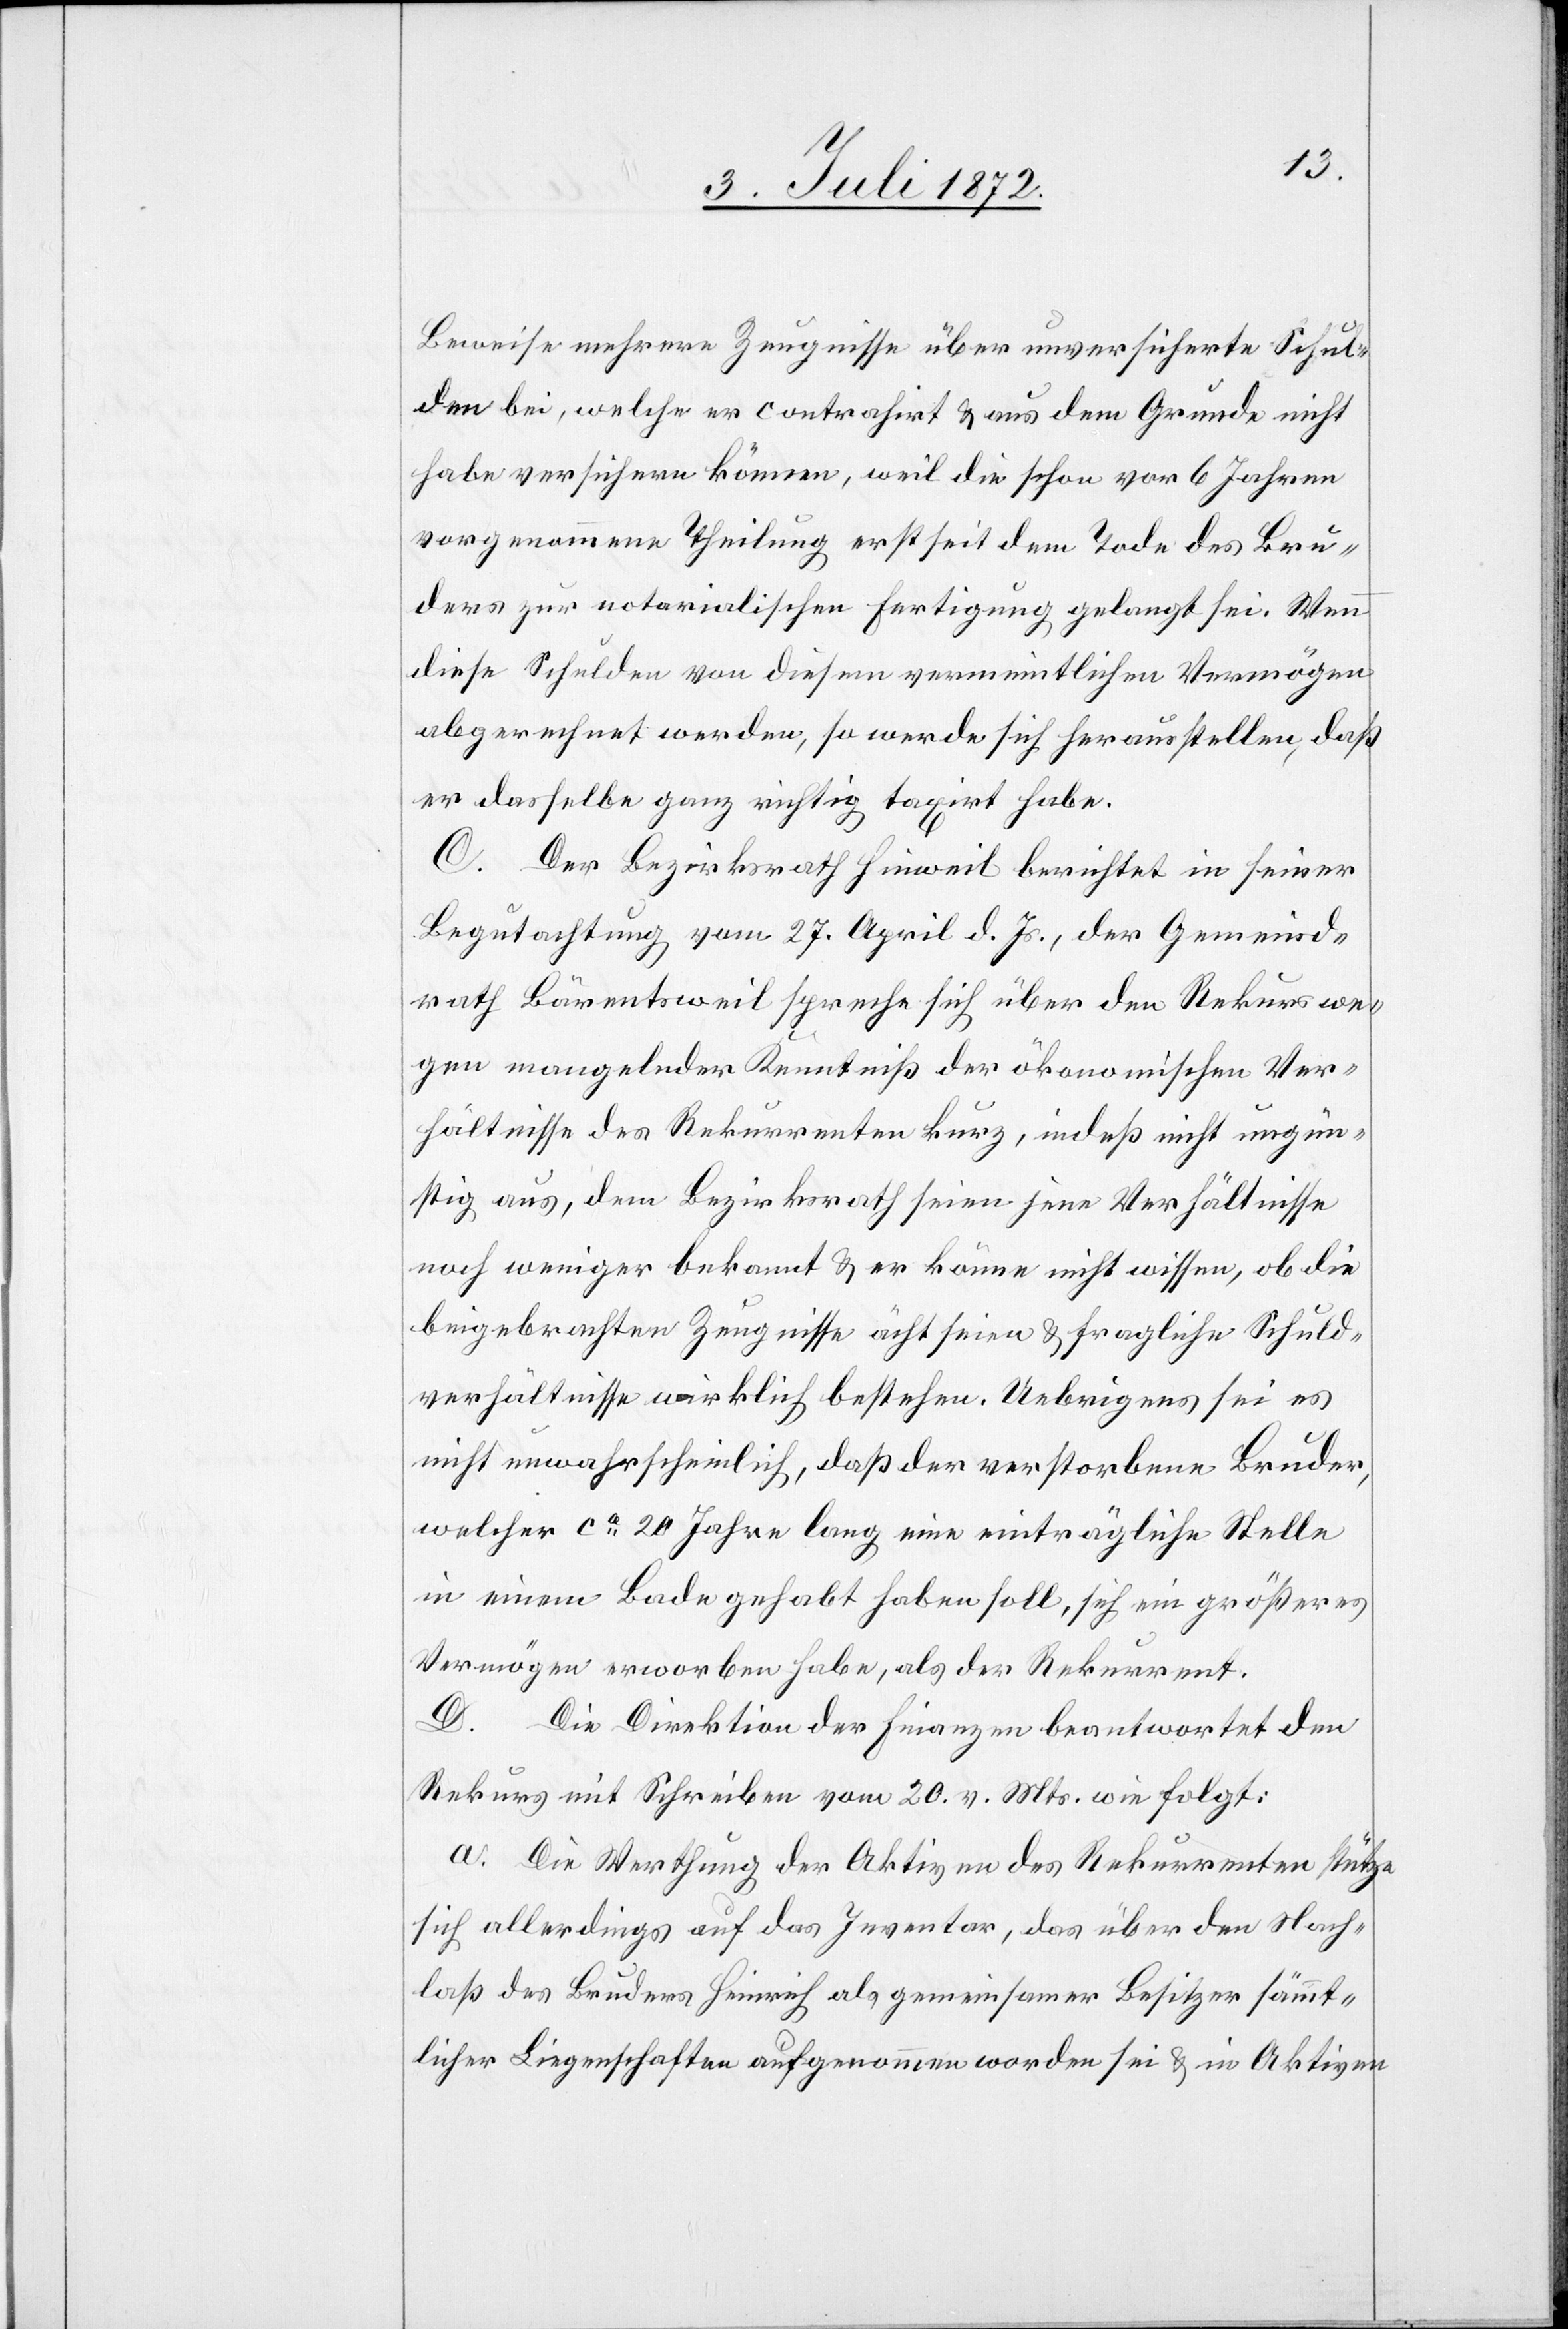
Beweise mehrere Zeugnisse über unversicherte Schul¬
den bei, welche er contrahirt u. aus dem Grunde nicht
habe versichern können, weil die schon vor 6 Jahren
vorgenommene Theilung erst seit dem Tode des Bru¬
ders zur notarialischen Fertigung gelangt sei. Wenn
diese Schulden von diesem vermeintlichen Vermögen
abgerechnet werden, so werde sich herausstellen, daß
er dasselbe ganz richtig taxirt habe.
C. Der Bezirksrath Hinweil berichtet in seiner
Begutachtung vom 27. April d. Js., der Gemeind¬
rath Bärentsweil spreche sich über den Rekurs we¬
gen mangelnder Kenntniß der ökonomischen Ver¬
hältnisse des Rekurrenten kurz, indeß nicht ungün¬
stig aus, dem Bezirksrath seien jene Verhältnisse
noch weniger bekannt u. er könne nicht wissen, ob die
beigebrachten Zeugnisse ächt [sic!] seien u. fragliche Schuld¬
verhältnisse wirklich bestehen. Uebrigens sei es
nicht unwahrscheinlich, daß der verstorbene Bruder,
welcher ca 20 Jahre lang eine einträgliche Stelle
in einem Bade gehabt haben soll, sich ein größeres
Vermögen erworben habe, als der Rekurrent.
D. Die Direktion der Finanzen beantwortet den
Rekurs mit Schreiben vom 20. v. Mts. wie folgt:
a. Die Werthung der Aktiven des Rekurrenten stütze
sich allerdings auf das Inventar, das über den Nach¬
laß des Bruders Heinrich als gemeinsamer Besitzer sämmt¬
licher Liegenschaften aufgenommen worden sei u. in Aktiven